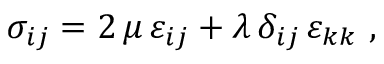
\displaystyle \sigma _ { i j } = \displaystyle 2 \, \mu \, \varepsilon _ { i j } + \lambda \, \delta _ { i j } \, \varepsilon _ { k k } ~ ,